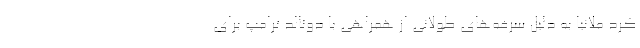
کرد ملانیا به دلیل سرفه‌های طولانی از همراهی با دونالد ترامپ برای